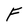
Character: F